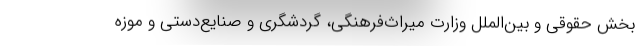
بخش حقوقی و بین‌الملل وزارت میراث‌فرهنگی، گردشگری و صنایع‌دستی و موزه